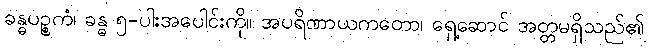
ခန္ဓပဉ္စကံ၊ ခန္ဓ ၅-ပါးအပေါင်းကို။ အပရိဏာယကတော၊ ရှေ့ဆောင် အတ္တမရှိသည်၏